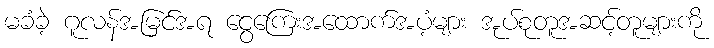
မခံခဲ့ ဂူလန်အမြင်အရ ငွေကြေးအထောက်အပံ့များ အုပ်စုတူအဆင့်တူများကို